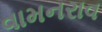
વામનરાવ